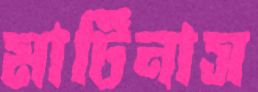
মার্টিনাস